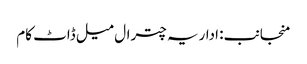
منجانب: اداریہ چترال میل ڈاٹ کام